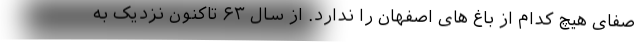
صفای هیچ کدام از باغ های اصفهان را ندارد. از سال ۶۳ تاکنون نزدیک به